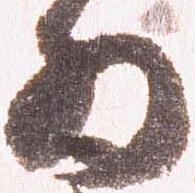
為